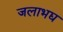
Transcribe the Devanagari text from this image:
जलाभद्य